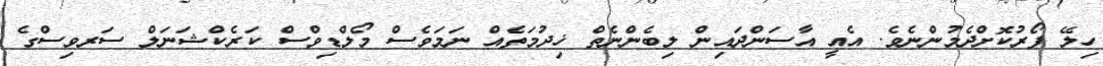
ހިލޭ ފޯރުކޮށްދެމުންނެވެ. އެއީ އާސަންދައިން ލިބެންނެތް ޚިދުމަތެއް ނަމަވެސް މޯލްޑިވްސް ކަރެކްޝަނަލް ސަރވިސްގެ